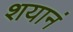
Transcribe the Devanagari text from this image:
शयानं